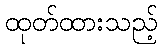
ထုတ်ထားသည့်